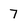
Character: 7